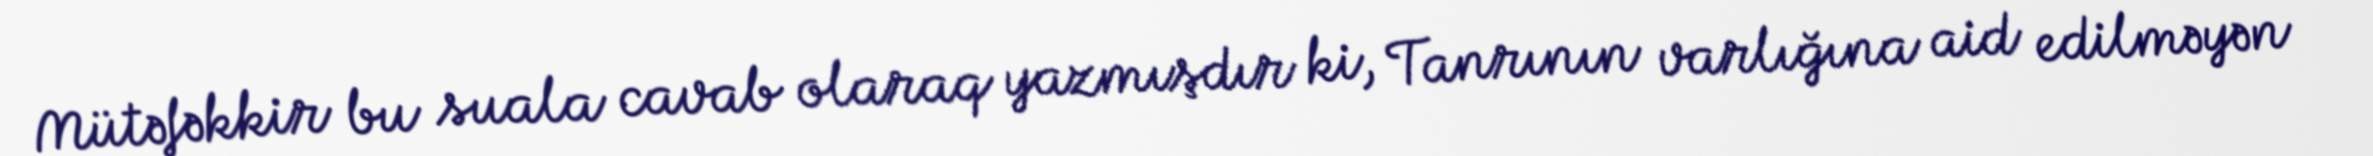
Mütəfəkkir bu suala cavab olaraq yazmışdır ki, Tanrının varlığına aid edilməyən